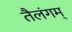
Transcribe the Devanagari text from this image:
तैलंगम्